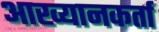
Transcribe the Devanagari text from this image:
आख्यानकर्ता